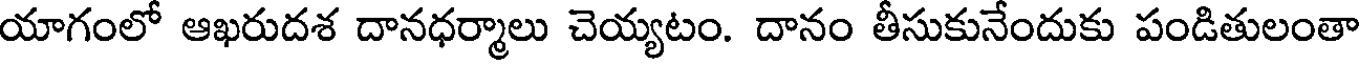
యాగంలో ఆఖరుదశ దానధర్మాలు చెయ్యటం. దానం తీసుకునేందుకు పండితులంతా